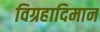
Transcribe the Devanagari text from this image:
विग्रहादिमान